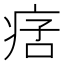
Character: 𤶂